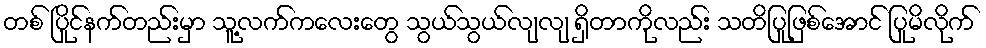
တစ် ပြိုင်နက်တည်းမှာ သူ့လက်ကလေးတွေ သွယ်သွယ်လျလျ ရှိတာကိုလည်း သတိပြုဖြစ်အောင် ပြုမိလိုက်